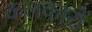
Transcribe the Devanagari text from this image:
कलकारों